Regulations for the medical services of the Army of India
Year: 1930
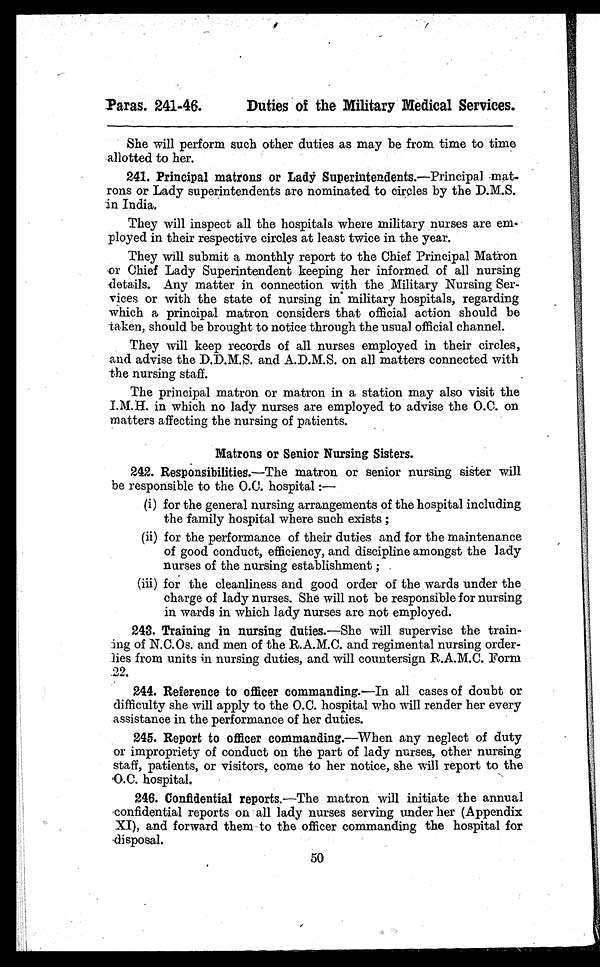
Paras. 241-46.
Duties of the Military Medical Services.
She will perform such other duties as may be from time to time
allotted to her.
241. Principal matrons or Lady Superintendents.— Principal mat-
rons or Lady superintendents are nominated to circles by the D.M.S.
in India.
They will inspect all the hospitals where military nurses are em-
ployed in their respective circles at least twice in the year.
They will submit a monthly report to the Chief Principal Matron
or Chief Lady Superintendent keeping her informed of all nursing
details. Any matter in connection with the Military Nursing Ser-
vices or with the state of nursing in military hospitals, regarding
which a principal matron considers that official action should be
taken, should be brought to notice through the usual official channel.
They will keep records of all nurses employed in their circles,
and advise the D.D.M.S. and A.D.M.S. on all matters connected with
the nursing staff.
The principal matron or matron in a station may also visit the
I.M.H. in which no lady nurses are employed to advise the O.C. on
matters affecting the nursing of patients.
Matrons or Senior Nursing Sisters.
242. Responsibilities.—The matron or senior nursing sister will
be responsible to the O.C. hospital :—
(i) for the general nursing arrangements of the hospital including
the family hospital where such exists ;
(ii) for the performance of their duties and for the maintenance
of good conduct, efficiency, and discipline amongst the lady
nurses of the nursing establishment ;
(iii) for the cleanliness and good order of the wards under the
charge of lady nurses. She will not be responsible for nursing
in wards in which lady nurses are not employed.
243. Training in nursing duties.—She will supervise the train-
ing of N.C.Os. and men of the R.A.M.C. and regimental nursing order-
lies from units in nursing duties, and will countersign R.A.M.C. Form
2 2 .
244. Reference to officer commanding.—In all cases of doubt or
difficulty she will apply to the O.C. hospital who will render her every
assistance in the performance of her duties.
245. Report to officer commanding.—When any neglect of duty
or impropriety of conduct on the part of lady nurses, other nursing
staff, patients, or visitors, come to her notice, she will report to the
O.C. hospital.
246. Confidential reports.— The matron will initiate the annual
confidential reports on all lady nurses serving under her (Appendix
XI), and forward them to the officer commanding the hospital for
disposal.
50